Vaccine operations Central Provinces 1886-1899 - 1886-1899
Year: 1886
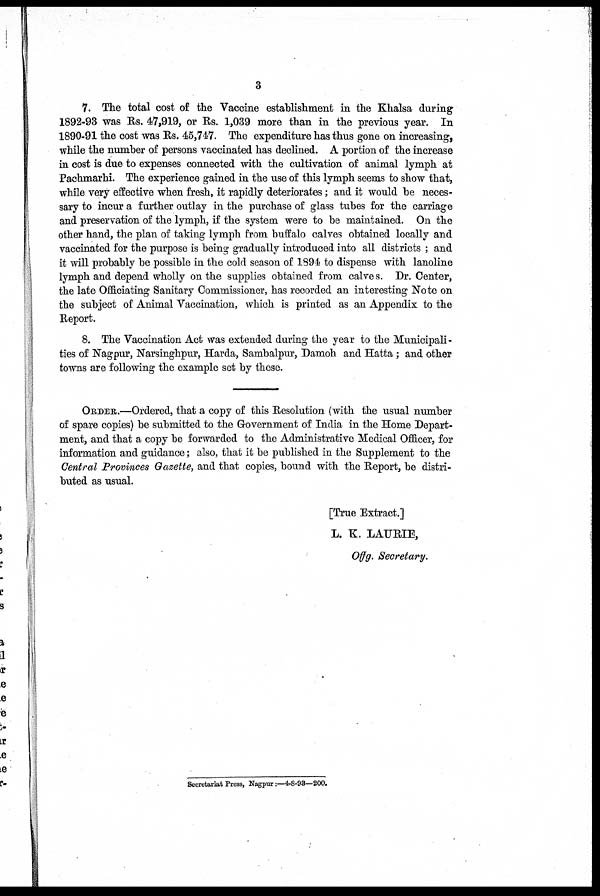
3
7. The total cost of the Vaccine establishment in the Khalsa during
1892-93 was Rs. 47,919, or Rs. 1,039 more than in the previous year. In
1890-91 the cost was Rs. 45,747. The expenditure has thus gone on increasing,
while the number of persons vaccinated has declined. A portion of the increase
in cost is due to expenses connected with the cultivation of animal lymph at
Pachmarhi. The experience gained in the use of this lymph seems to show that,
while very effective when fresh, it rapidly deteriorates; and it would be neces-
sary to incur a further outlay in the purchase of glass tubes for the carriage
and preservation of the lymph, if the system were to be maintained. On the
other hand, the plan of taking lymph from buffalo calves obtained locally and
vaccinated for the purpose is being gradually introduced into all districts ; and
it will probably be possible in the cold season of 1894 to dispense with lanoline
lymph and depend wholly on the supplies obtained from calves. Dr. Center,
the late Officiating Sanitary Commissioner, has recorded an interesting Note on
the subject of Animal Vaccination, which is printed as an Appendix to the
Report.
8. The Vaccination Act was extended during the year to the Municipali-
ties of Nagpur, Narsinghpur, Harda, Sambalpur, Damoh and Hatta; and other
towns are following the example set by these.
ORDER.—Ordered, that a copy of this Resolution (with the usual number
of spare copies) be submitted to the Government of India in the Home Depart-
ment, and that a copy be forwarded to the Administrative Medical Officer, for
information and guidance; also, that it be published in the Supplement to the
Central Provinces Gazette, and that copies, bound with the Report, be distri-
buted as usual.
[True Extract.]
L. K. LAURIE,
Offg. Secretary.
Secretariat Press, Nagpur:—4-8-93—200.